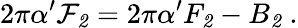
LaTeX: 2\pi\alpha^{\prime}{\cal F}_{\mathit 2}=2\pi\alpha^{\prime}F_{\mathit 2}-B_{\mathit 2}\ .